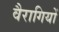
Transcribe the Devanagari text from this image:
वैरागियों